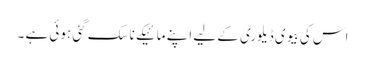
اس کی بیوی ڈیلوری کے لیے اپنے مائیکے ناسک گئی ہوئی ہے ۔